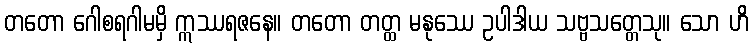
တတော ဂေါစရဂါမမှိ ဣဿရဇနေ။ တတော တတ္ထ မနုဿေ ဥပါဒါယ သဗ္ဗသတ္တေသု။ သော ဟိ